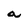
Character: a